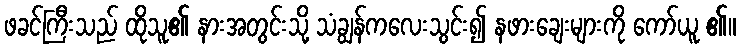
ဖခင်ကြီးသည် ထိုသူ၏ နားအတွင်းသို့ သံချွန်ကလေးသွင်း၍ နဖားချေးများကို ကော်ယူ ၏။